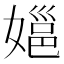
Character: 㜉